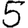
Digit: 5